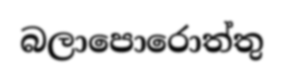
බලාපොරොත්තු